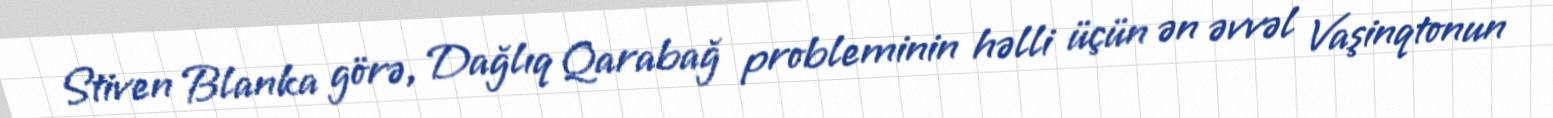
Stiven Blanka görə, Dağlıq Qarabağ probleminin həlli üçün ən əvvəl Vaşinqtonun